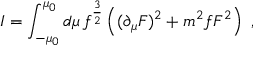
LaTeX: I = \int _ { - \mu _ { 0 } } ^ { \mu _ { 0 } } d \mu \, f ^ { { \frac { 3 } { 2 } } } \left( ( \partial _ { \mu } F ) ^ { 2 } + { m ^ { 2 } f } F ^ { 2 } \right) \ ,